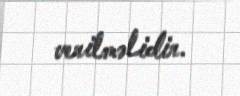
verilməlidir.